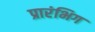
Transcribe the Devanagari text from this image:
प्रारंभिग